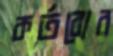
কর্তব্যের